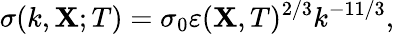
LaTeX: \sigma(k,{\textbf{X}};T)=\sigma_{0}\varepsilon({\textbf{X}},T)^{2/3}k^{-11/3},